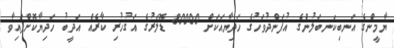
ޔާމީންގެ އަނބިކަނބަލުންގެ އުފަންދުވަހުގެ ހަދިޔާއަކަށް 80000 ޑޮލަރުގެ އަގުހުރި ކާރެއް އަދީބު ހަދިޔާކޮށްފައިވާ